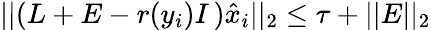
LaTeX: \vert\vert(L+E-r(y_{i})I\, )\hat{x}_{i}\vert\vert_{2}\leq\tau+\vert\vert E\vert\vert_{2}